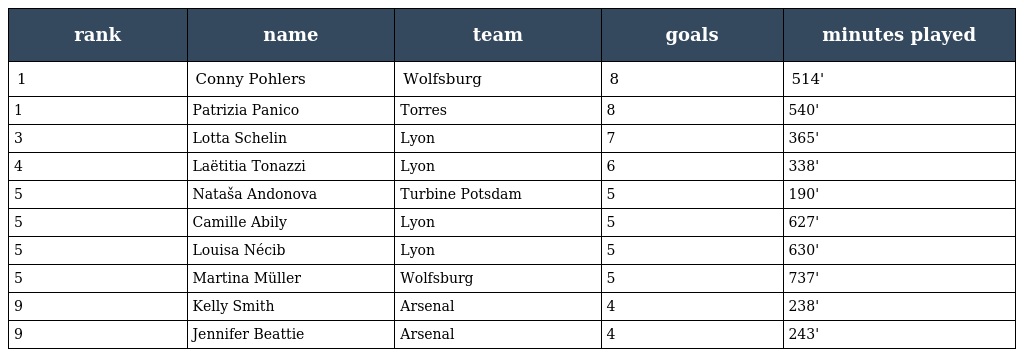
| rank | name | team | goals | minutes played |
 | --- | --- | --- | --- | --- |
 | 1 | Conny Pohlers | Wolfsburg | 8 | 514' |
 | 1 | Patrizia Panico | Torres | 8 | 540' |
 | 3 | Lotta Schelin | Lyon | 7 | 365' |
 | 4 | Laëtitia Tonazzi | Lyon | 6 | 338' |
 | 5 | Nataša Andonova | Turbine Potsdam | 5 | 190' |
 | 5 | Camille Abily | Lyon | 5 | 627' |
 | 5 | Louisa Nécib | Lyon | 5 | 630' |
 | 5 | Martina Müller | Wolfsburg | 5 | 737' |
 | 9 | Kelly Smith | Arsenal | 4 | 238' |
 | 9 | Jennifer Beattie | Arsenal | 4 | 243' |